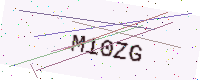
Text: M10ZG